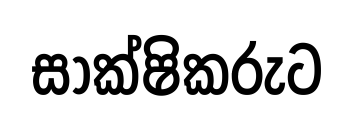
සාක්ෂිකරුට